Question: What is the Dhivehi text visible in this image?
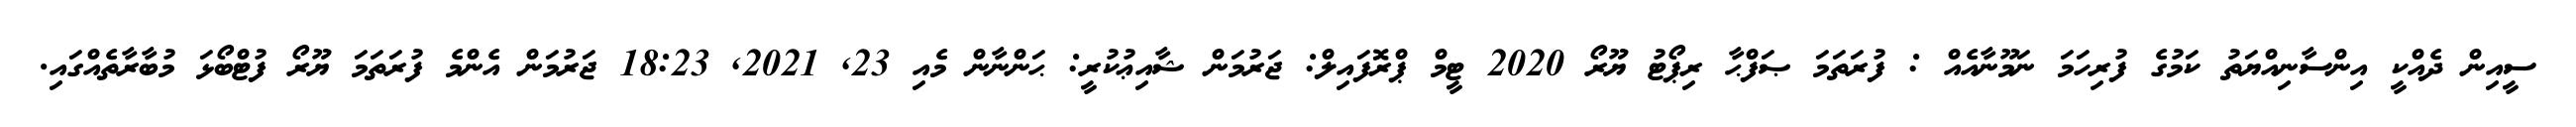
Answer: ސީއިން ދެއްކީ އިންސާނިއްޔަތު ކަމުގެ ފުރިހަމަ ނަމޫނާއެއް : ފުރަތަމަ ޞަފްޙާ ރިޕޯޓު ޔޫރޯ 2020 ޓީމް ޕްރޮފައިލް: ޖަރުމަން ޝާއިޢުކުރީ: ޙަންނާން މެއި 23, 2021, 18:23 ޖަރުމަން އެންމެ ފުރަތަމަ ޔޫރޯ ފުޓްބޯޅަ މުބާރާތެއްގައި.